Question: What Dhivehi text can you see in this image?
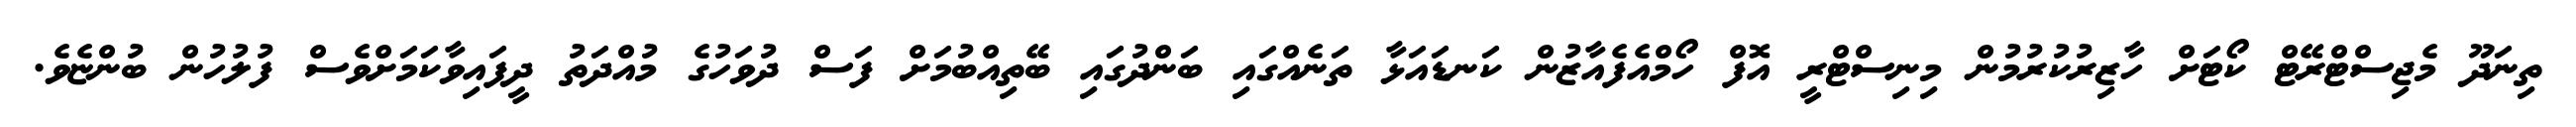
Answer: ތިނަދޫ މެޖިސްޓްރޭޓް ކޯޓަށް ހާޒިރުކުރުމުން މިނިސްޓްރީ އޮފް ހޯމްއެފެއާޒުން ކަނޑައަޅާ ތަނެއްގައި ބަންދުގައި ބޭތިއްބުމަށް ފަސް ދުވަހުގެ މުއްދަތު ދީފައިވާކަމަށްވެސް ފުލުހުން ބުންޏެވެ.